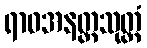
ရာဓအနတ္တသုတ္တံ